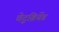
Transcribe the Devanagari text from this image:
चेटुब्रियेंड